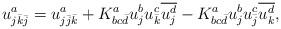
LaTeX: \begin{align*}u_{j\bar{k}\bar{j}}^{a}=u_{j\bar{j}\bar{k}}^{a}+K_{bc\bar{d}}^{a}u_{j}^{b}u_{\bar{k}}^{c}\overline{u_{j}^{d}}-K_{bc\bar{d}}^{a}u_{j}^{b}u_{\bar{j}}^{c}\overline{u_{k}^{d}}, \end{align*}